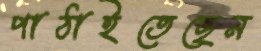
পাঠাইতেছেন